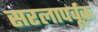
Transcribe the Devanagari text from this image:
सरलापर्वूक